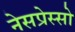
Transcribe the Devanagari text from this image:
नेसप्रेस्सो